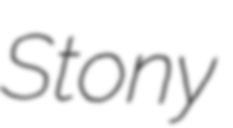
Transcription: Stony